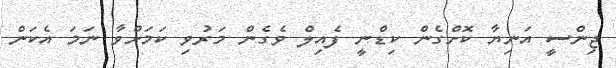
ޖިންސީ އަނިޔާ ކޮށްގެން ކިޑްނީ ފެއިލް ވެގެން މަރުވި ކަމަށްވާ ނަމަ އެކަން